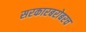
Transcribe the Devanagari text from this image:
सरकारबरोबरच